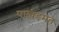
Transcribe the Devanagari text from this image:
पाखंडमत